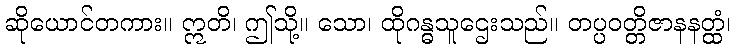
ဆိုယောင်တကား။ ဣတိ၊ ဤသို့။ သော၊ ထိုဂန္ဓသူဌေးသည်။ တပ္ပဝတ္တိဇာနနတ္ထံ၊